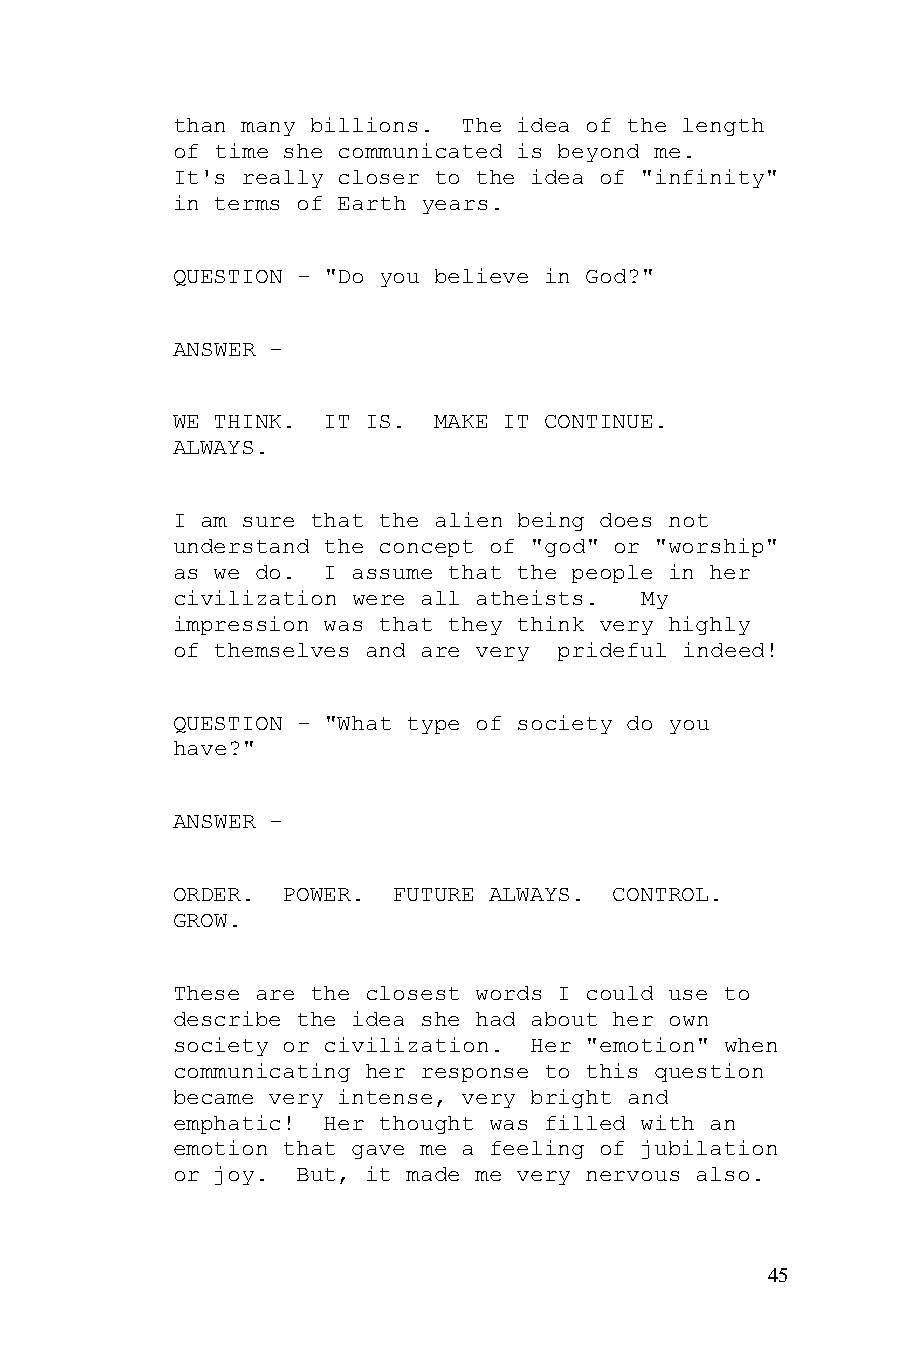
than many billions. The idea of the length
 of time she communicated is beyond me.
 It's really closer to the idea of "infinity"
 in terms of Earth years.
 QUESTION - "Do you believe in God?"
 ANSWER -
 WE THINK. IT IS.  MAKE IT CONTINUE.
 ALWAYS.
 I am sure that the alien being does not
 understand the concept of "god" or "worship"
 as we do. I assume that the people in her
 civilization were all atheists. My
 impression was that they think very highly
 of themselves and are very prideful indeed!
 QUESTION - "What type of society do you
 have?"
 ANSWER -
 ORDER.  POWER. FUTURE ALWAYS. CONTROL.
 GROW.
 These are the closest words I could use to
 describe the idea she had about her own
 society or civilization. Her "emotion" when
 communicating her response to this question
 became very intense, very bright and
 emphatic! Her thought was filled with an
 emotion that gave me a feeling of jubilation
 or joy.  But, it made me very nervous also.
 45